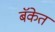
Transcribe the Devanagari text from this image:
बॅकेत